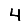
Digit: 4